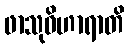
ဖာသုဝိဟာရာတိ